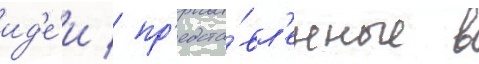
ид'е́и / пр'едста́вл'енные в